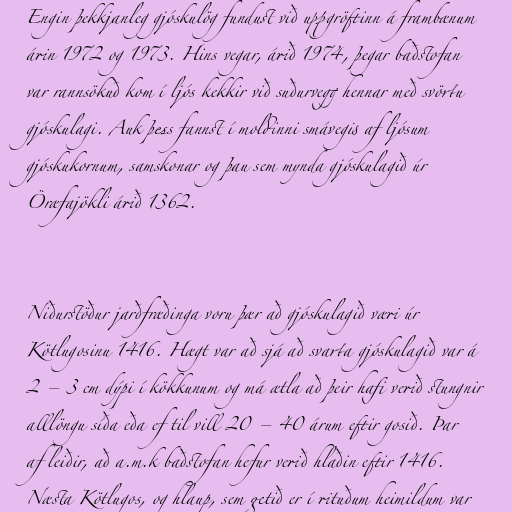
Engin þekkjanleg gjóskulög fundust við uppgröftinn á frambænum
árin 1972 og 1973. Hins vegar, árið 1974, þegar baðstofan
var rannsökuð kom í ljós kekkir við suðurvegg hennar með svörtu
gjóskulagi. Auk þess fannst í moldinni smávegis af ljósum
gjóskukornum, samskonar og þau sem mynda gjóskulagið úr
Öræfajökli árið 1362.

Niðurstöður jarðfræðinga voru þær að gjóskulagið væri úr
Kötlugosinu 1416. Hægt var að sjá að svarta gjóskulagið var á
2 – 3 cm dýpi í kökkunum og má ætla að þeir hafi verið stungnir
alllöngu síða eða ef til vill 20 – 40 árum eftir gosið. Þar
af leiðir, að a.m.k baðstofan hefur verið hlaðin eftir 1416.
Næsta Kötlugos, og hlaup, sem getið er í rituðum heimildum var